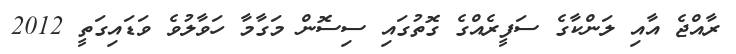
ރާއްޖެ އާއި ލަންކާގެ ސަފީރެއްގެ ގޮތުގައި ސިސޮން މަގާމާ ހަވާލުވެ ވަޑައިގަތީ 2012